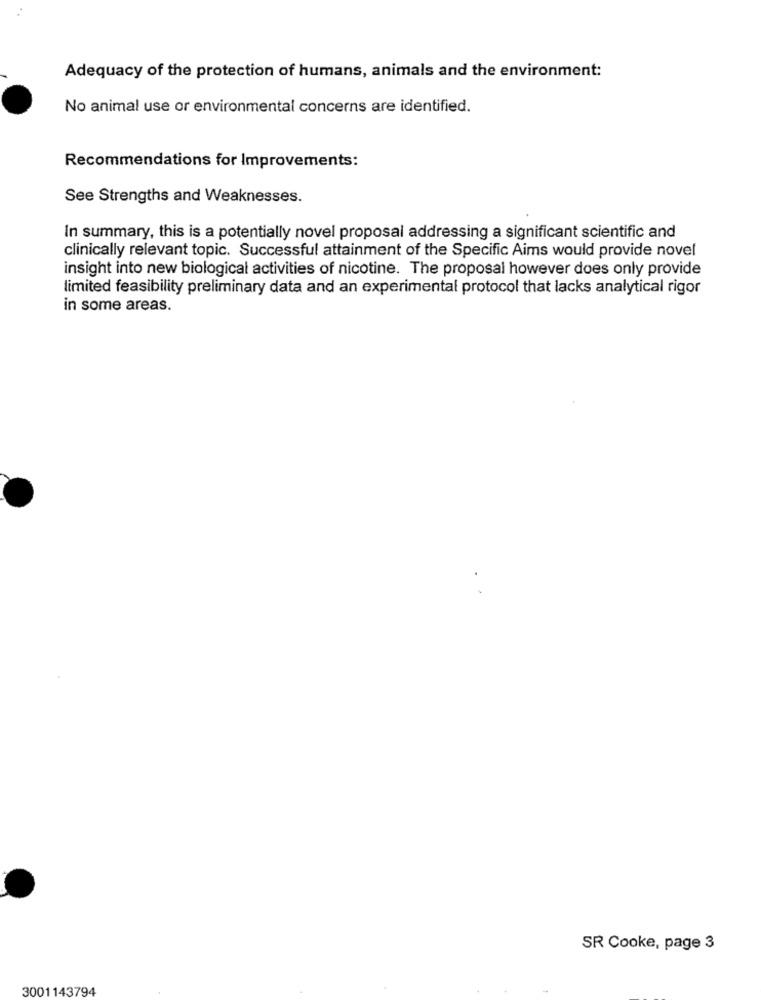
Adequacy of the protection of humans, animals and the environment:
No animal use or environmental concerns are identified.
Recommendations for Improvements:
See Strengths and Weaknesses.
In summary, this is a potentially novel proposal addressing a significant scientific and
clinically relevant topic. Successful attainment of the Specific Aims would provide novel
insight into new biological activities of nicotine. The proposal however does only provide
limited feasibility preliminary data and an experimental protocol that lacks analytical rigor
in some areas.
SR Cooke, page 3
3001143794